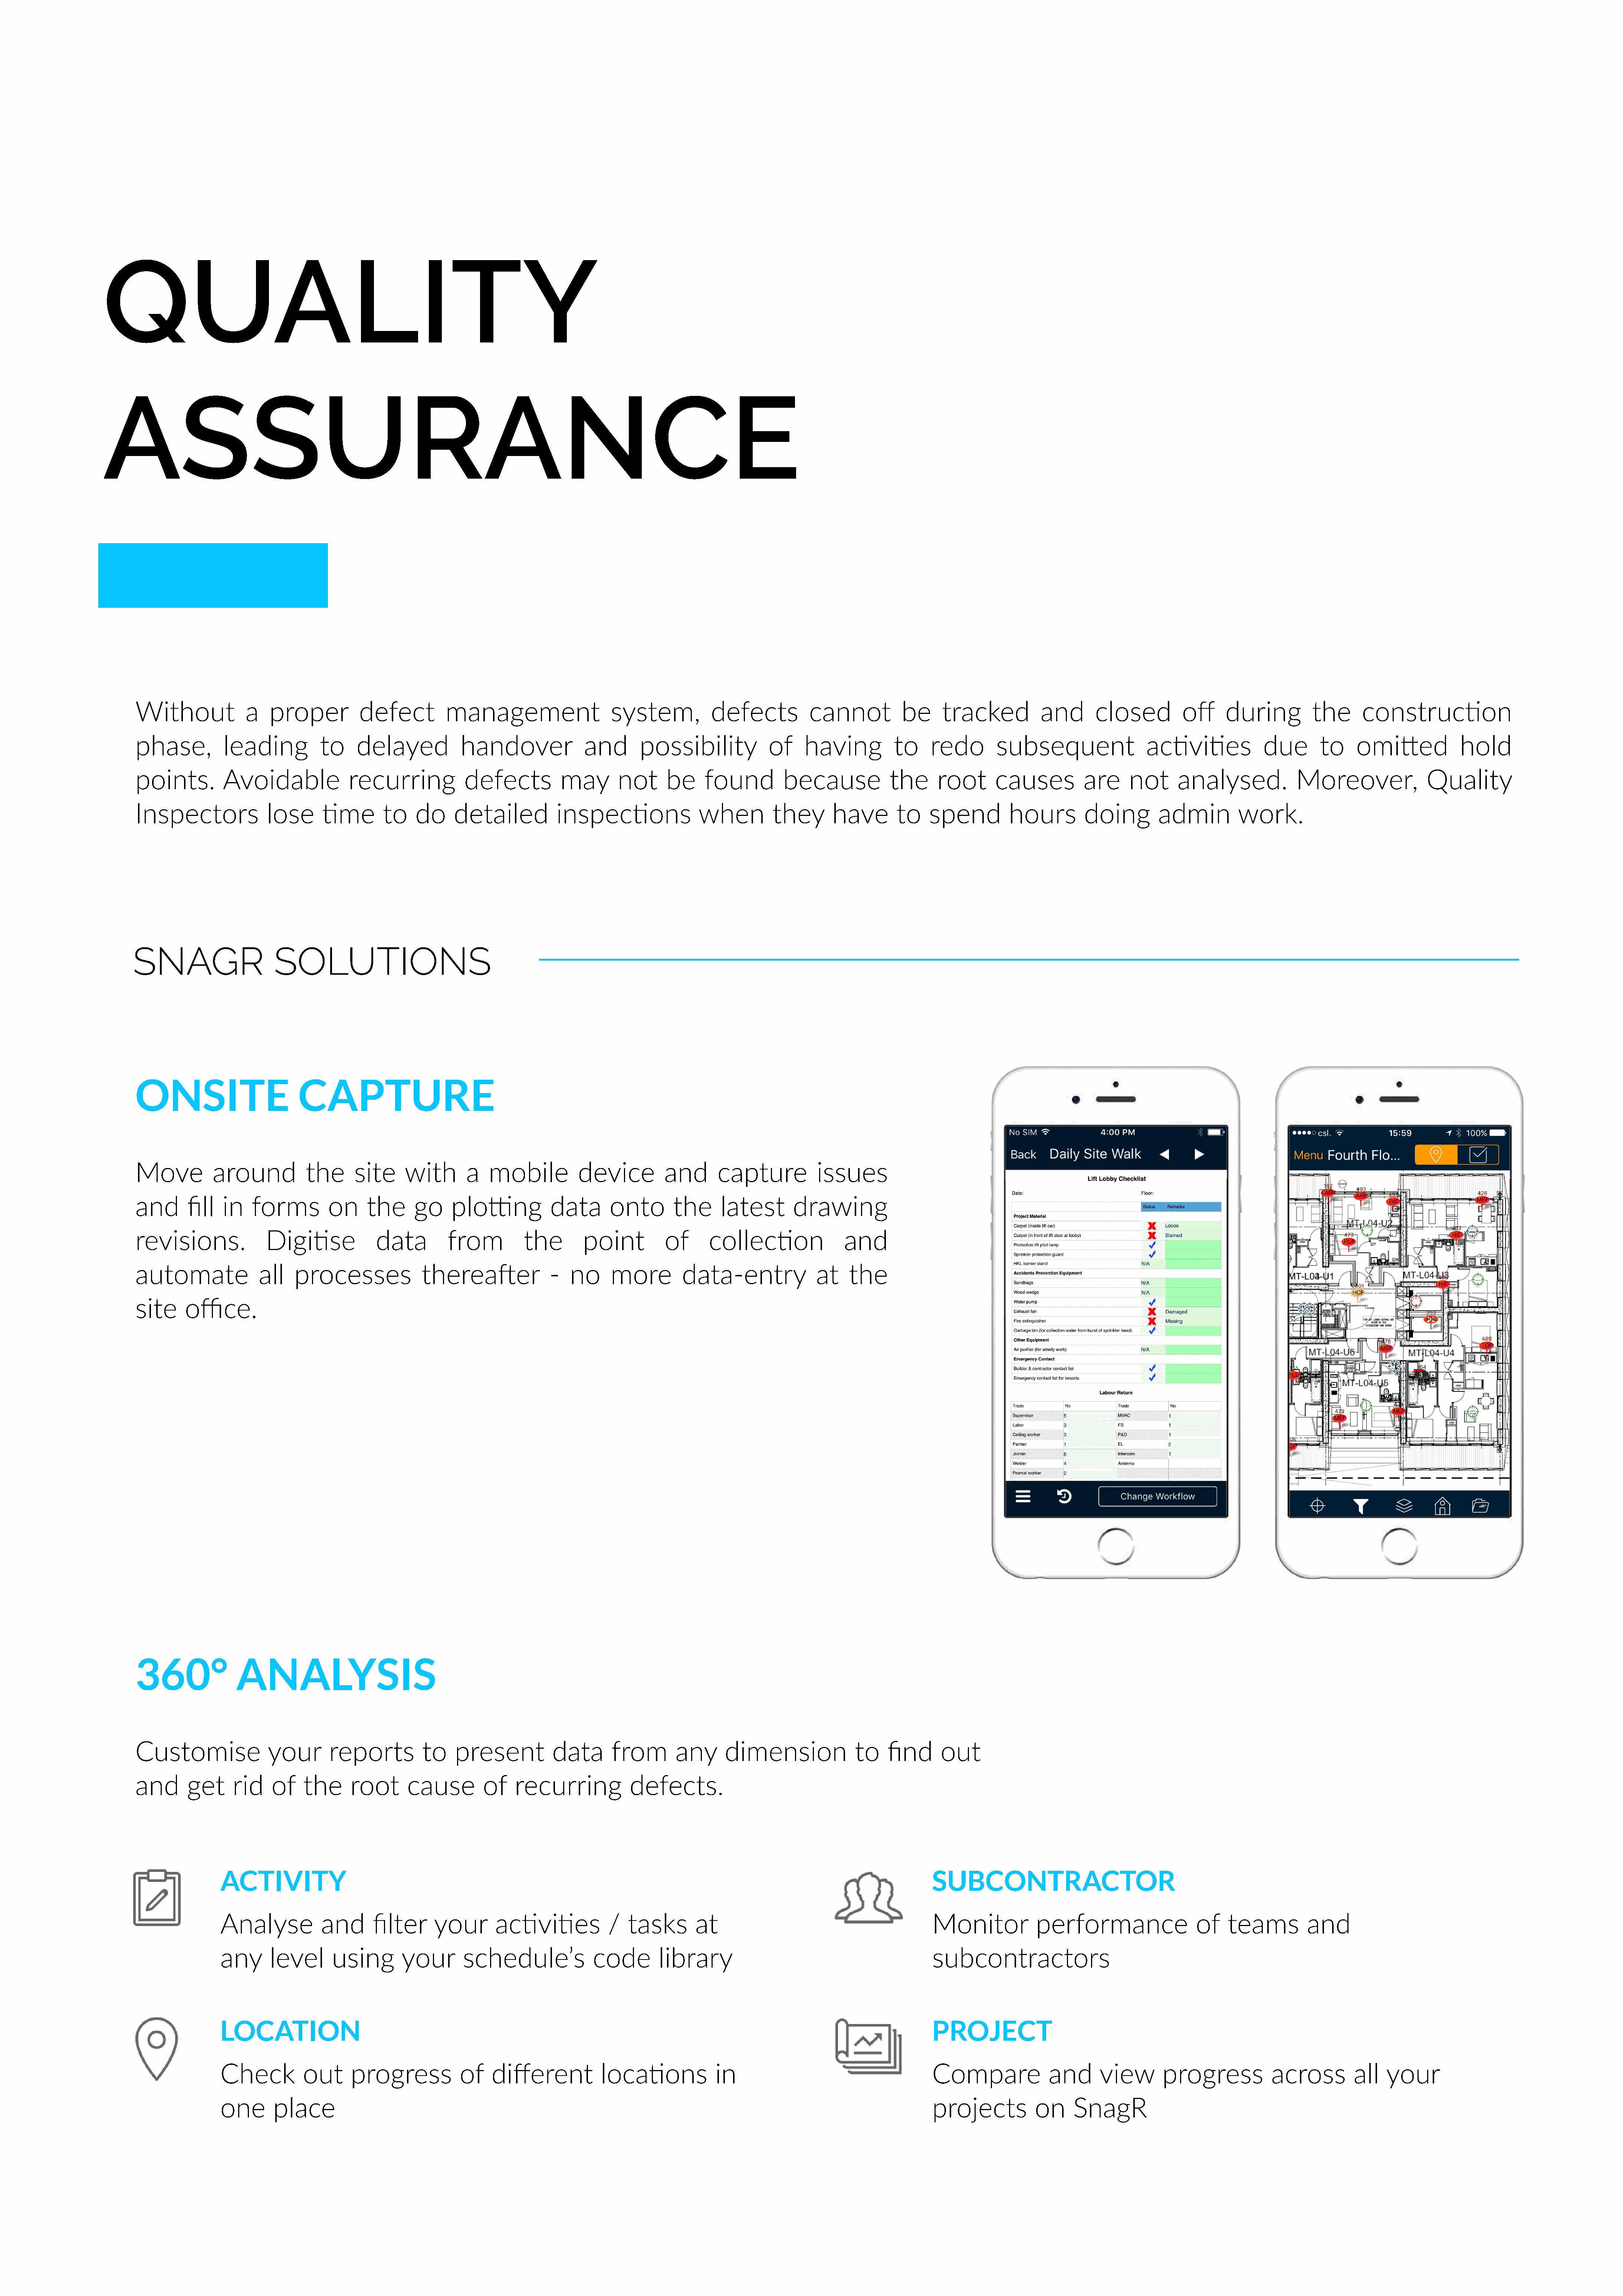
QUALITY
 ASSURANCE
 Without             a   proper          defect         management                    system,           defects          cannot           be     tracked           and      closed          off     during         the      construc<on
 phase,          leading          to     delayed           handover              and       possibility            of     having          to    redo        subsequent                 ac<vi<es            due        to    omiXed             hold
 points.         Avoidable             recurring            defects          may       not      be     found         because            the     root       causes         are     not      analysed.            Moreover,               Quality
 Inspectors              lose     <me        to    do     detailed          inspec<ons                when         they       have       to    spend         hours        doing         admin         work.
 SNAGR                    SOLUTIONS
 ONSITE                       CAPTURE
 Move          around           the     site     with       a   mobile          device          and      capture           issues
 and      fill   in   forms         on    the      go     ploYng           data       onto       the      latest      drawing
 revisions.             Digi<se             data         from         the        point          of     collec<on                and
 automate              all    processes             thereaRer              -   no     more         data-entry              at   the
 site     office.
 360°              ANALYSIS
 Customise               your       reports         to    present           data      from        any     dimension               to   find      out
 and      get     rid    of    the     root       cause        of    recurring           defects.
 ACTIVITY                                                                                                                       SUBCONTRACTOR
 Analyse           and       filter    your       ac<vi<es             /  tasks       at                                        Monitor            performance                 of    teams         and
 any      level      using        your       schedule’s             code        library                                         subcontractors
 LOCATION                                                                                                                       PROJECT
 Check          out      progress           of    different          loca<ons             in                                    Compare              and      view       progress            across         all  your
 one       place                                                                                                                projects           on     SnagR